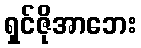
ရှင်ဇိုအာဘေး